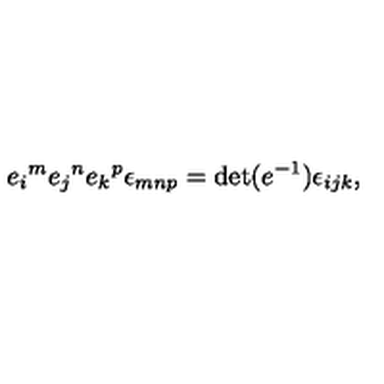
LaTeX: e _ { i } { } ^ { m } e _ { j } { } ^ { n } e _ { k } { } ^ { p } \epsilon _ { m n p } = \det ( e ^ { - 1 } ) \epsilon _ { i j k } ,